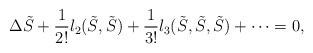
LaTeX: \begin{align*}\Delta \tilde S + \frac{1}{2!} l_2(\tilde S,\tilde S) + \frac{1}{3!}l_3(\tilde S,\tilde S,\tilde S) + \dots = 0,\end{align*}